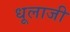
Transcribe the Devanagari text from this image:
धूलाजी